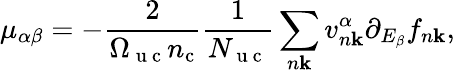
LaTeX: \mu_{\alpha\beta}=-\frac{2}{\Omega_{\mathrm{~u~c~}}n_{\mathrm{c}}}\frac{1}{N_{\mathrm{~u~c~}}}\sum_{n\mathbf k}v_{n\mathbf k}^{\alpha}\partial_{E_{\beta}}f_{n\mathbf k},